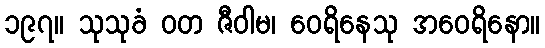
၁၉၇။ သုသုခံ ဝတ ဇီဝါမ၊ ဝေရိနေသု အဝေရိနော။